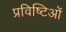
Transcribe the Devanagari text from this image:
प्रविष्टिओं